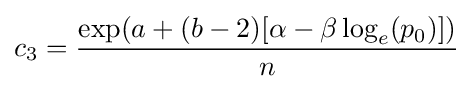
c_{3}={\frac {\exp(a+(b-2)[\alpha -\beta \log _{e}(p_{0})])}{n}}